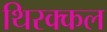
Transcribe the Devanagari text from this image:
थिरक्कल